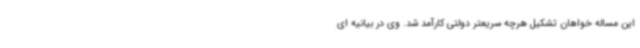
این مساله خواهان تشکیل هرچه سریعتر دولتی کارآمد شد. وی در بیانیه ای